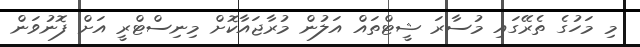
މި މަހުގެ ތެރޭގައި މުސާރަ ޝީޓްތައް އަލުން މުރާޖައާކޮށް މިނިސްޓްރީ އަށް ފޮނުވަން